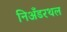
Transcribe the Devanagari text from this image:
निअँडरथल